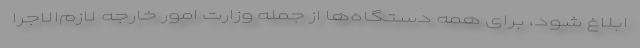
ابلاغ شود، برای همه دستگاه‌ها از جمله وزارت امور خارجه لازم‌الاجرا